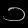
Digit: ၁